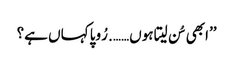
’’ابھی سُن لیتا ہوں……. رُوپا کہاں ہے؟